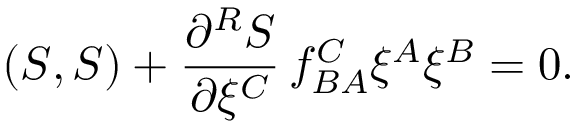
( { \cal S } , { \cal S } ) + \frac { \partial ^ { R } { \cal S } } { \partial \xi ^ { C } } \, f _ { B A } ^ { C } \xi ^ { A } \xi ^ { B } = 0 .